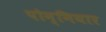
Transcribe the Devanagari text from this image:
पोन्नियार